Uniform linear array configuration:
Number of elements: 8
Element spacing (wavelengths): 0.75
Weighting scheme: cosine
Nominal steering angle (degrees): -15
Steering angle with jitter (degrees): -13.897
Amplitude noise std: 0.05
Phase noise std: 0.05

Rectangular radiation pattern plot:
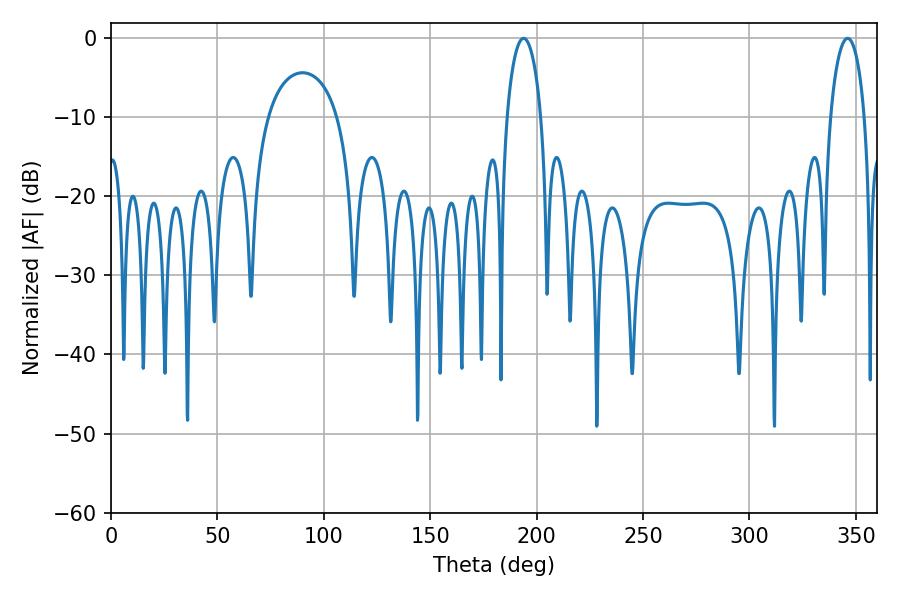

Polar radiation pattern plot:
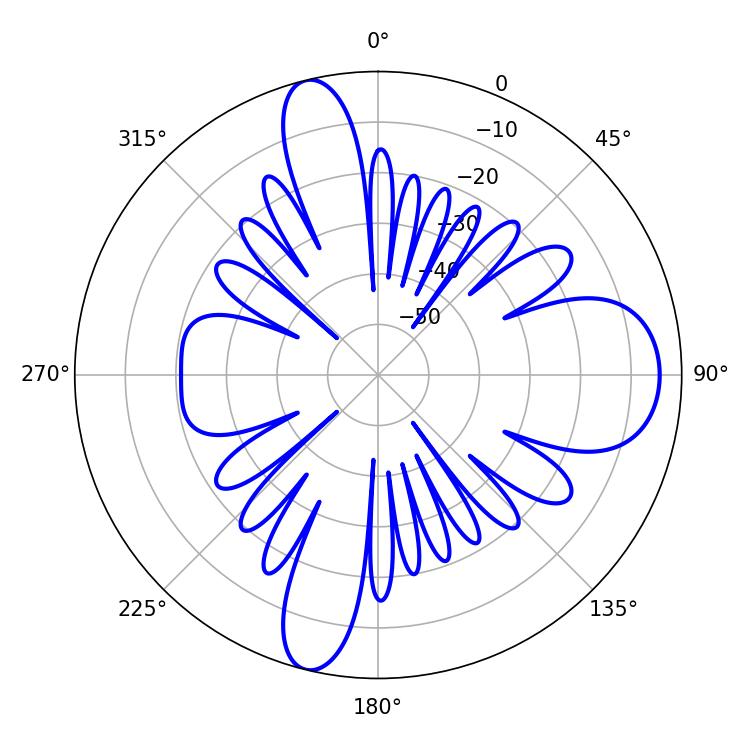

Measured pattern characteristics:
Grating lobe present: TRUE
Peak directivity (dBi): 14.161
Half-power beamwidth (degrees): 9.18
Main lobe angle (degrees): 193.86